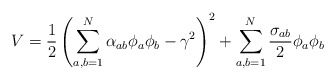
\begin{align*}V=\frac{1}{2} \left( \sum_{a,b=1}^N \alpha_{ab} \phi_a \phi_b -\gamma^2 \right)^2+\sum_{a,b=1}^N \frac{\sigma_{ab}}{2} \phi_a \phi_b\end{align*}